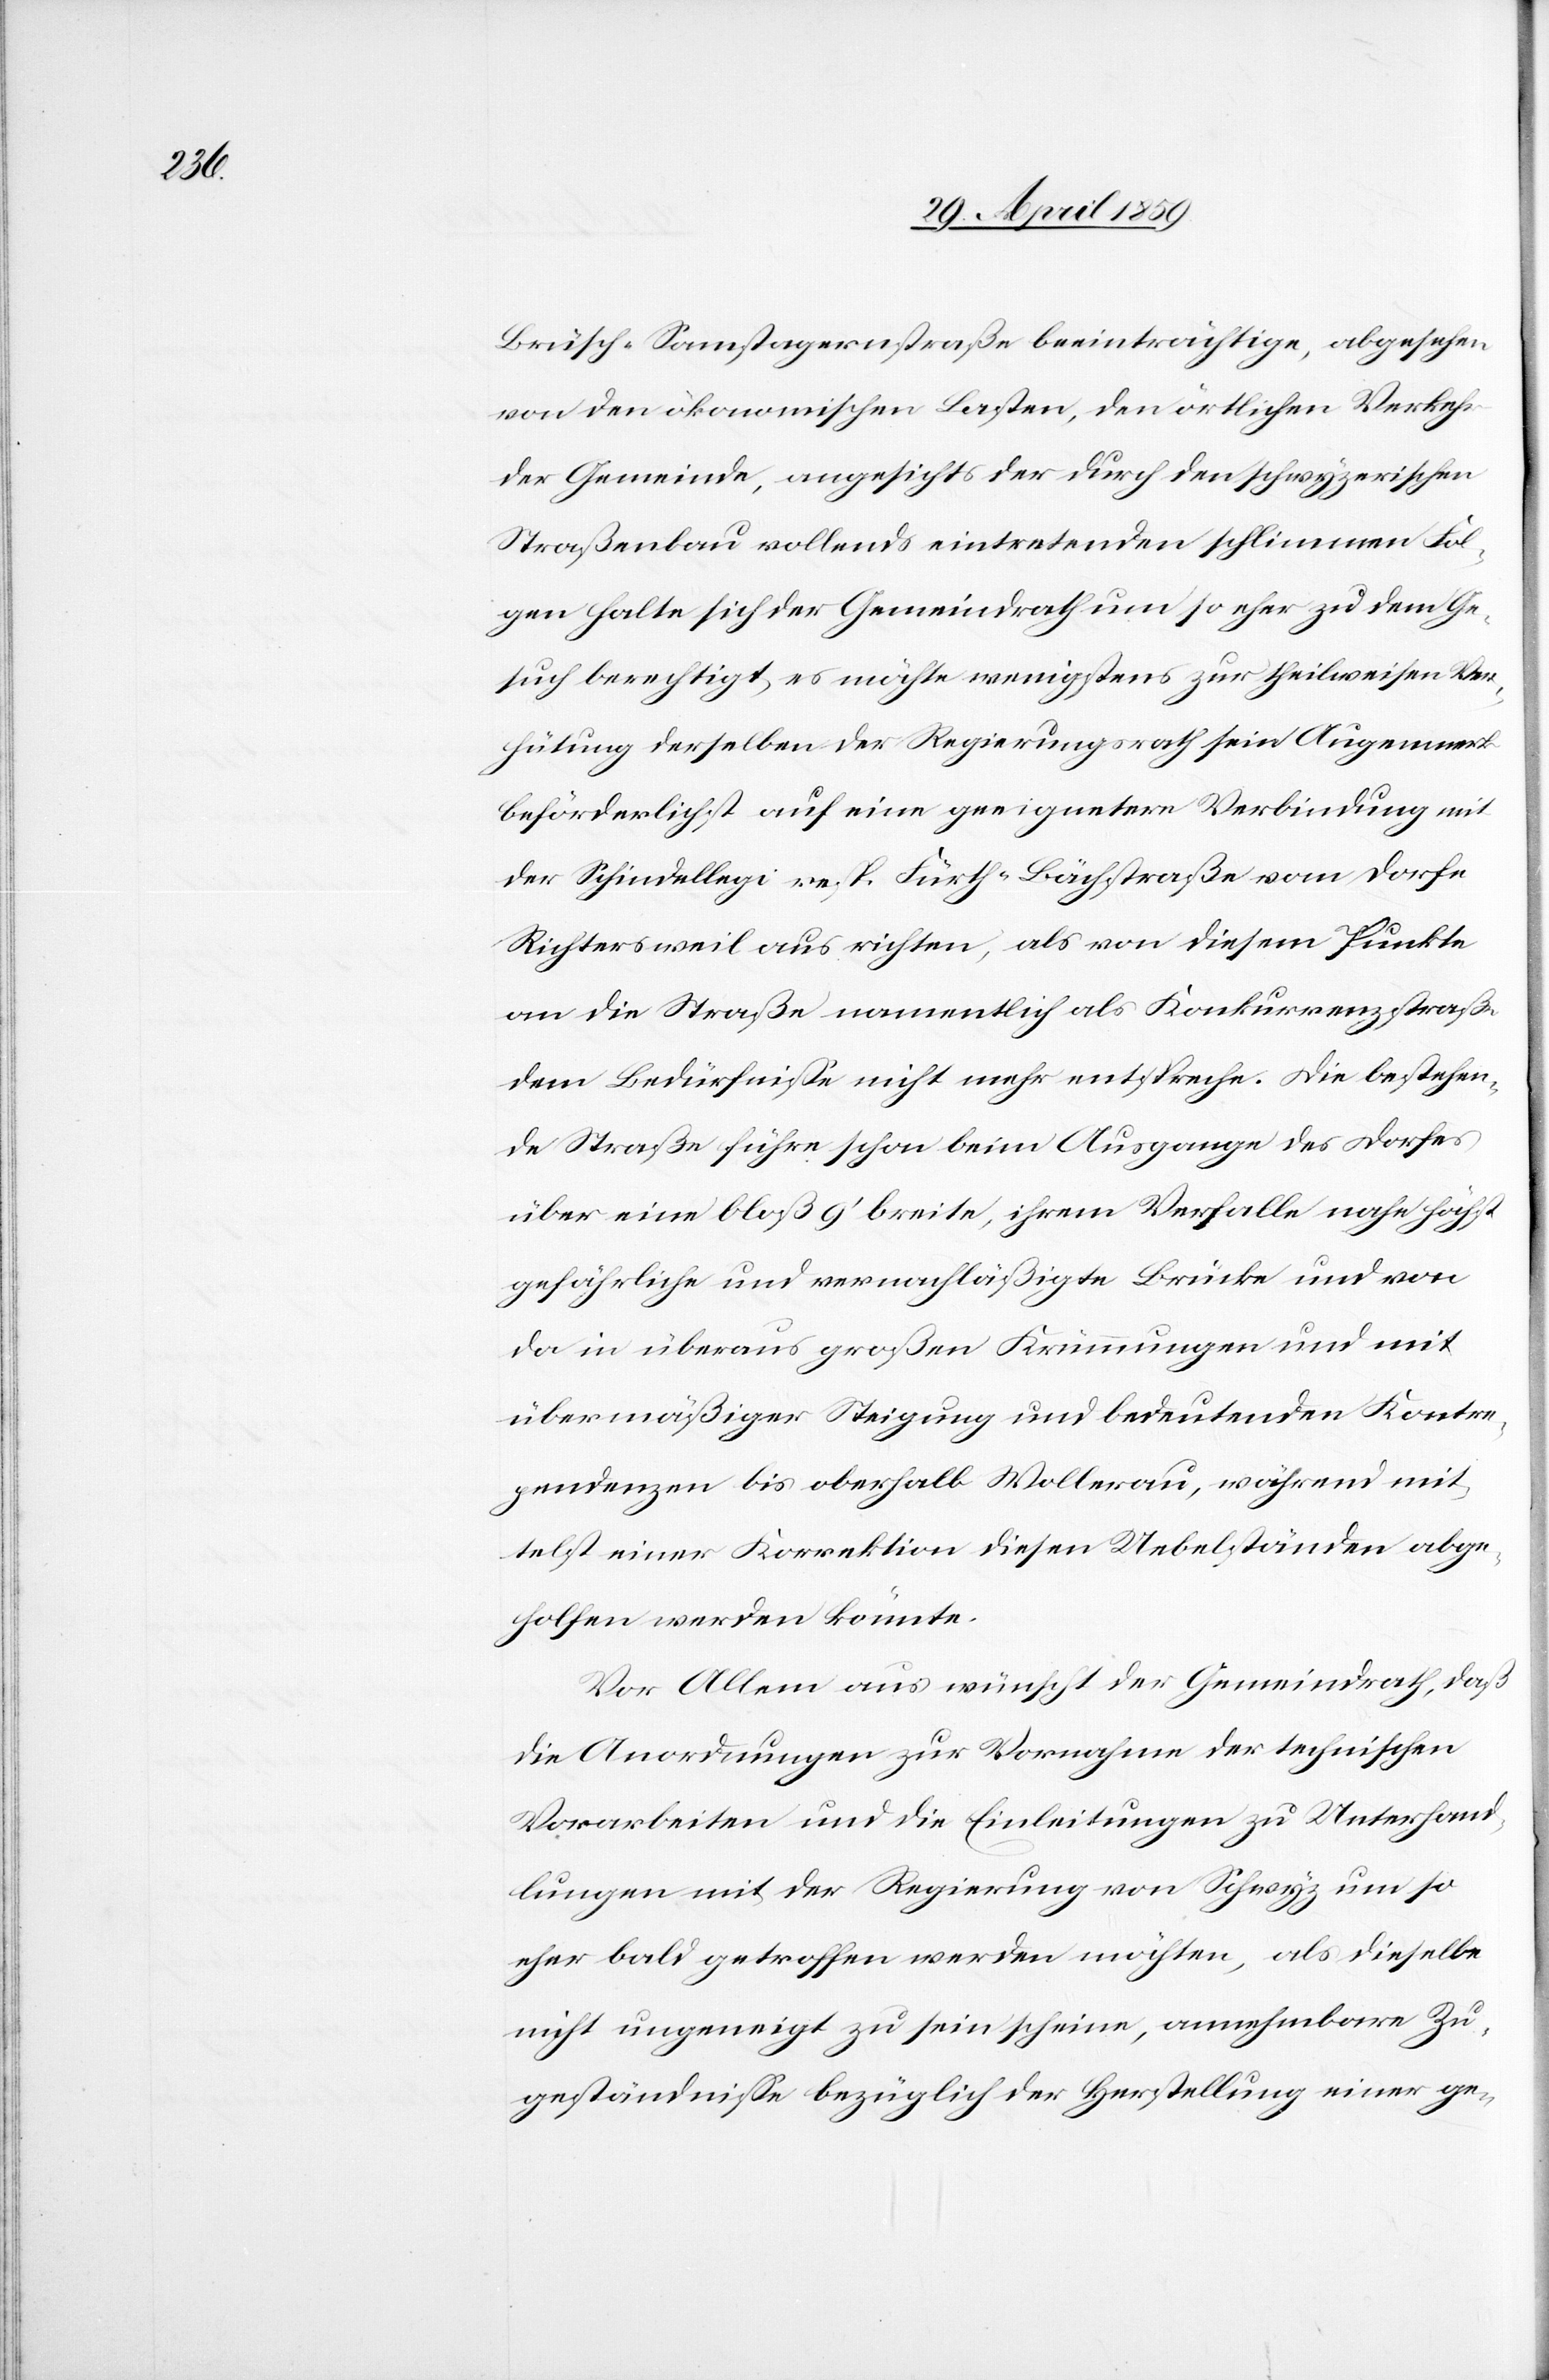
Brücke Samstagernstraße beeinträchtige, abgesehen
von den ökonomischen Lasten, den örtlichen Verkehr
der Gemeinde, angesichts der durch den schwyzerischen
Straßenbau vollends eintretenden schlimmen Fol¬
gen halte sich der Gemeindrath um so eher zu dem Ge¬
such berechtigt, es möchte wenigstens zur theilweisen Ver¬
hütung derselben der Regierungsrath sein Augenmerk
beförderlichst auf eine geeignetere Verbindung mit
der Schindellegi resp. Fürth-Bächstraße vom Dorfe
Richtersweil aus richten, als von diesem Punkte
an die Straße namentlich als Konkurrenzstraße
dem Bedürfniße nicht mehr entspreche. Die bestehen¬
de Straße führe schon beim Ausgange des Dorfes
über eine bloß 9‘ breite, ihrem Verfalle nahe höchst
gefährliche und vernachläßigte Brücke und von
da in überaus großen Krümmungen und mit
übermäßiger Steigung und bedeutenden Kontre¬
pendenzen bis oberhalb Wollerau, während mit¬
telst einer Korrektion diesen Uebelständen abge¬
holfen werden könnte.
Vor Allem aus wünscht der Gemeindrath, daß
die Anordnungen zur Vornahme der technischen
Vorarbeiten und die Einleitungen zu Unterhand¬
lungen mit der Regierung von Schwyz um so
eher bald getroffen werden möchten, als dieselbe
nicht ungeneigt zu sein scheine, annehmbare Zu¬
geständniße bezüglich der Herstellung einer ge-